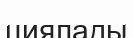
циялады